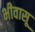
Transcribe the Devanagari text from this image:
भीवासू